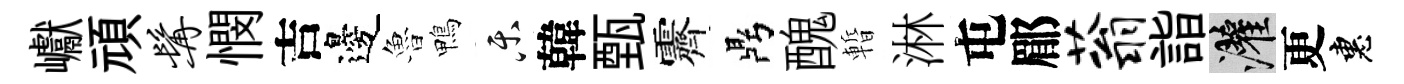
巘頑髯憫吉邊魯鴨乐韓甄霽鼎醜暫淋屯郿蓊詣灌更惠